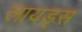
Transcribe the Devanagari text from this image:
लायड्स